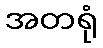
အတရုံ